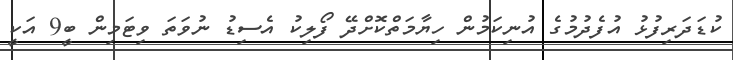
ކުޑަދަރިފުޅު އުފެދުމުގެ އުނިކަމުން ހިޔާމަތްކޮށްދޭ ފޯލިކު އެސިޑު ނުވަތަ ވިޓަމިން ބީ9 އަކީ